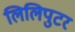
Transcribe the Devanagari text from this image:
लिलिपुटर